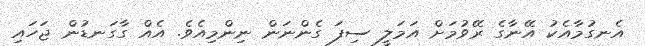
އެނގުމާއެކު އޭނާގެ ރޭވުމަށް އަމަލީ ސިފަ ގެންނަން ނިންމިއެވެ. އެއް ގާގަނޑުން ޖަހައި